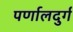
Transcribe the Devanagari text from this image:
पर्णालदुर्ग